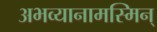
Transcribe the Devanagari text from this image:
अभव्यानामस्मिन्